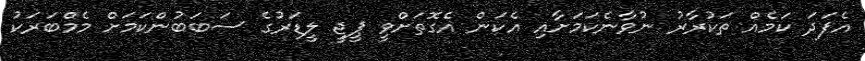
އެފަދަ ކަމެއް ތަކުރާރު ނުވާނެކަމަށާއި އެކަން އެގޮތަށްވީ ޕީޖީ ލީޑަރުގެ ސަބަބުންކަމަށް މެމްބަރަކު